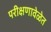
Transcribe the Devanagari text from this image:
परीक्षणावेळेत